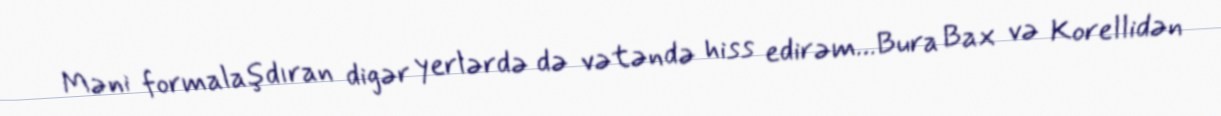
Məni formalaşdıran digər yerlərdə də vətəndə hiss edirəm…Bura Bax və Korellidən